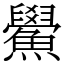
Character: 鱟